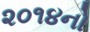
૨૦૧૪નો